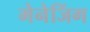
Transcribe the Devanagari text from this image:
मेनेजिंग